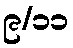
၉/၁၁